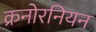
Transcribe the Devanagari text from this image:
क्रनोरनियन